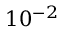
1 0 ^ { - 2 }